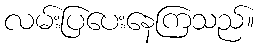
လမ်းပြပေးနေကြသည်။